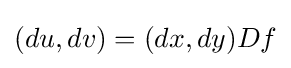
(du,dv)=(dx,dy)Df